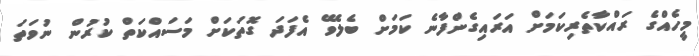
މީހެއްގެ ރައްކާތެރިކަމަށް އަރައިގެންފާނެ ކަމަށް ބެލެވޭ އެފަދަ ގޮތަކަށް މަސައްކަތް ކުރުން ނުވަތަ